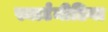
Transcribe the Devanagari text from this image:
स्मार्टमीडिया